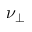
\nu _ { \perp }